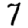
Digit: 7